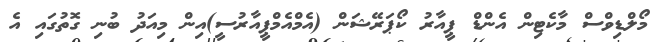
މޯލްޑިވްސް މާކެޓިން އެންޑް ޕީއާރު ކޯޕަރޭޝަން (އެމްއެމްޕީއާރުސީ)އިން މިއަދު ބުނި ގޮތުގައި އެ